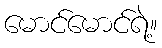
မောင်မောင်ရဲ့။